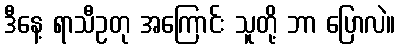
ဒီနေ့ ရာသီဥတု အကြောင်း သူတို့ ဘာ ပြောလဲ။